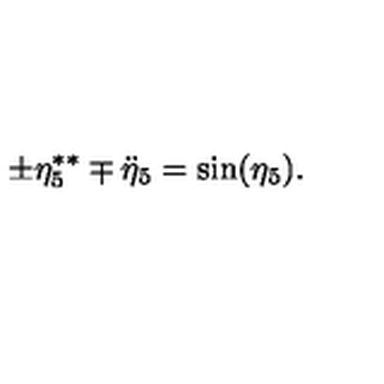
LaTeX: \pm \eta _ { 5 } ^ { \ast \ast } \mp \ddot { \eta } _ { 5 } = \sin ( \eta _ { 5 } ) .